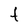
Character: t